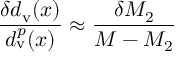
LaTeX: { \frac { \delta d _ { \mathrm { v } } ( x ) } { d _ { \mathrm { v } } ^ { p } ( x ) } } \approx { \frac { \delta M _ { 2 } } { M - M _ { 2 } } }